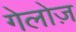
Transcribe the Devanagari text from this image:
गेलोज़